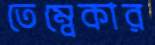
তেম্বেকার